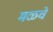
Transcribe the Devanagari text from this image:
मळचे